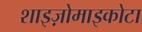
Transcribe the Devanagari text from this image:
शाइज़ोमाइकोटा